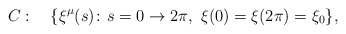
\begin{align*}C: \ \ \ \{\xi^\mu(s) \colon s = 0 \rightarrow 2\pi,\ \xi(0) = \xi(2\pi) = \xi_0 \},\end{align*}